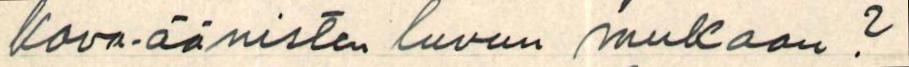
kova-äänisten luvun mukaan?